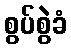
စွပ်စွဲခံ